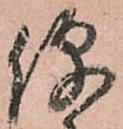
便